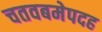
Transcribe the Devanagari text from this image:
चतवबमेपदह